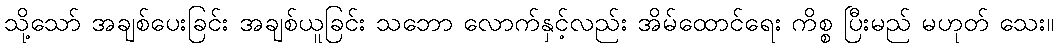
သို့သော် အချစ်ပေးခြင်း အချစ်ယူခြင်း သဘော လောက်နှင့်လည်း အိမ်ထောင်ရေး ကိစ္စ ပြီးမည် မဟုတ် သေး။